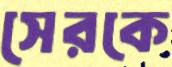
সেরকে